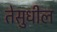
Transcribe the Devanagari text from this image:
तेसुधील